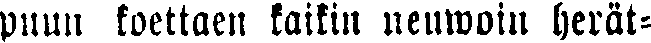
puun koettaen kaikin neuwoin herät-